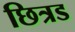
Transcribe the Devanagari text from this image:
छित्रड